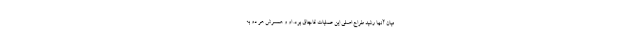
میان آنها رشید طراح اصلی این عملیات قاچاق بود. او و همسرش هر دو به